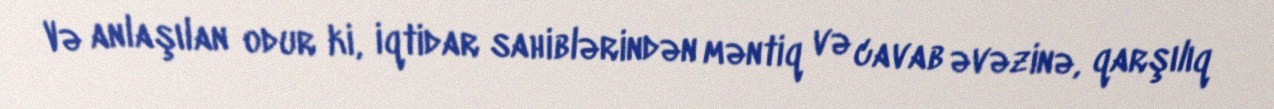
Və anlaşılan odur ki, iqtidar sahiblərindən məntiq və cavab əvəzinə, qarşılıq